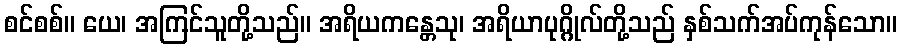
စင်စစ်။ ယေ၊ အကြင်သူတို့သည်။ အရိယကန္တေသု၊ အရိယာပုဂ္ဂိုလ်တို့သည် နှစ်သက်အပ်ကုန်သော။